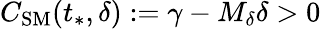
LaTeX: C_{\mathrm{SM}}(t_{*},\delta):=\gamma-M_{\delta}\delta>0